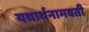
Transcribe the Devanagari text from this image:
यथार्थनामवती